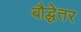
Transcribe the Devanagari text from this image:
बौद्धेतर